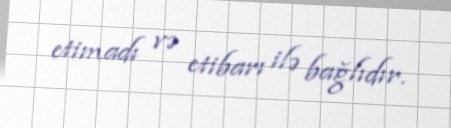
etimadı və etibarı ilə bağlıdır.